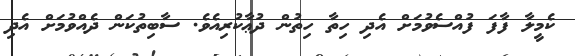
ކެމީލާ ފާފަ ފުއްސެވުމަށް އެދި ހިތާ ހިތުން ދުޢާކުރިއެވެ. ސާބިތުކަން ދެއްވުމަށް އެދި